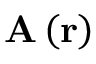
\mathbf { A } \left( \mathbf { r } \right)